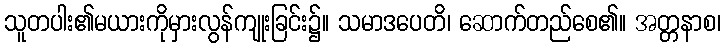
သူတပါး၏မယားကိုမှားလွန်ကျုးခြင်း၌။ သမာဒပေတိ၊ ဆောက်တည်စေ၏။ အတ္တနာစ၊